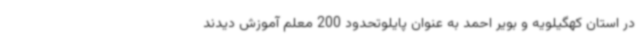
در استان کهگیلویه و بویر احمد به عنوان پایلوتحدود 200 معلم آموزش دیدند